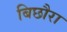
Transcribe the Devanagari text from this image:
बिछौरा